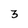
Character: 3